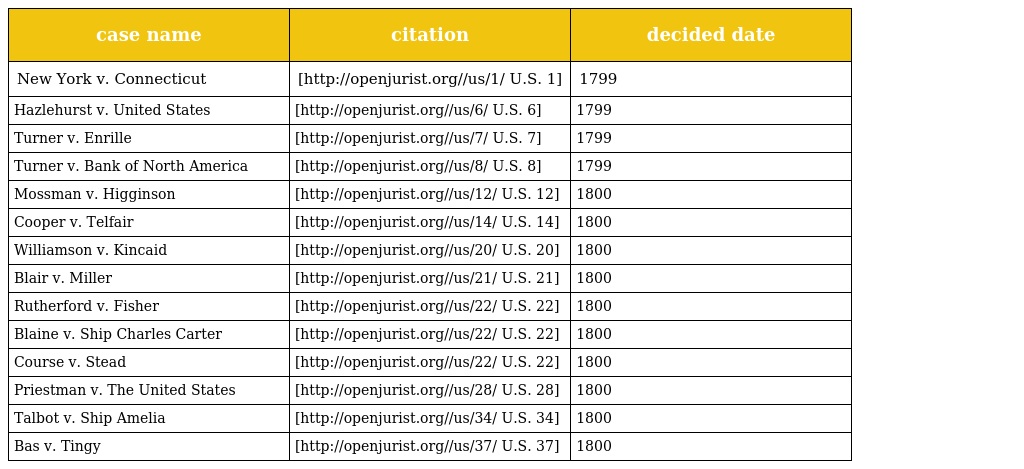
| case name | citation | decided date |
 | --- | --- | --- |
 | New York v. Connecticut | [http://openjurist.org//us/1/ U.S. 1] | 1799 |
 | Hazlehurst v. United States | [http://openjurist.org//us/6/ U.S. 6] | 1799 |
 | Turner v. Enrille | [http://openjurist.org//us/7/ U.S. 7] | 1799 |
 | Turner v. Bank of North America | [http://openjurist.org//us/8/ U.S. 8] | 1799 |
 | Mossman v. Higginson | [http://openjurist.org//us/12/ U.S. 12] | 1800 |
 | Cooper v. Telfair | [http://openjurist.org//us/14/ U.S. 14] | 1800 |
 | Williamson v. Kincaid | [http://openjurist.org//us/20/ U.S. 20] | 1800 |
 | Blair v. Miller | [http://openjurist.org//us/21/ U.S. 21] | 1800 |
 | Rutherford v. Fisher | [http://openjurist.org//us/22/ U.S. 22] | 1800 |
 | Blaine v. Ship Charles Carter | [http://openjurist.org//us/22/ U.S. 22] | 1800 |
 | Course v. Stead | [http://openjurist.org//us/22/ U.S. 22] | 1800 |
 | Priestman v. The United States | [http://openjurist.org//us/28/ U.S. 28] | 1800 |
 | Talbot v. Ship Amelia | [http://openjurist.org//us/34/ U.S. 34] | 1800 |
 | Bas v. Tingy | [http://openjurist.org//us/37/ U.S. 37] | 1800 |